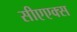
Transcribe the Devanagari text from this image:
सीएएक्स